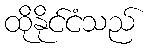
ထိုနိုင်ငံသည်